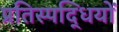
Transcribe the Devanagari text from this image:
प्रतिस्पद्धियों